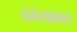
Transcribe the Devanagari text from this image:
गंगेयकाल